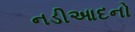
નડીઆદનો